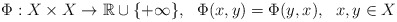
\begin{align*}\Phi :X\times X\rightarrow \mathbb{R}\cup \{+\infty \},\ \ \Phi (x,y)=\Phi(y,x),\ \ x,y\in X \end{align*}